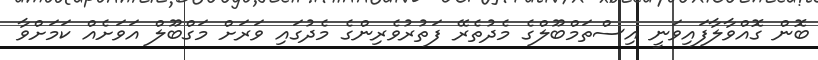
ބޮން ގޮއްވާލާފައިވަނީ އިސްތަމްބޫލްގެ މެދުތެރޭ ފަތުރުވެރިންގެ މެދުގައި ވަރަށް މަގްބޫލް އަވަށެއް ކަމަށްވާ